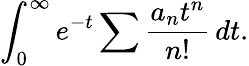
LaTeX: \int_{0}^{\infty}e^{-t}\sum{\frac{a_{n}t^{n}}{n!}}\, dt.